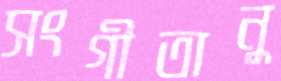
সংগীতানু